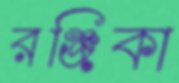
রঞ্জিকা